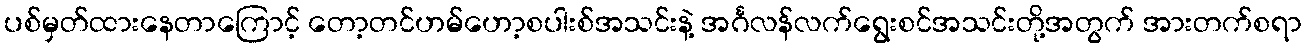
ပစ်မှတ်ထားနေတာကြောင့် တော့တင်ဟမ်ဟော့စပါးစ်အသင်းနဲ့ အင်္ဂလန်လက်ရွေးစင်အသင်းတို့အတွက် အားတက်စရာ